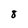
Character: 8